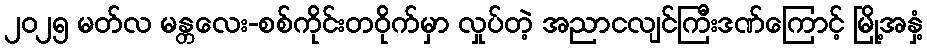
၂၀၂၅ မတ်လ မန္တလေး-စစ်ကိုင်းတဝိုက်မှာ လှုပ်တဲ့ အညာငလျင်ကြီးဒဏ်ကြောင့် မြို့အနှံ့